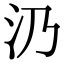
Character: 𣱽